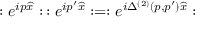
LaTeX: : e ^ { i p \widehat { x } } : \, : e ^ { i p ^ { \prime } \widehat { x } } : = : e ^ { i \Delta ^ { ( 2 ) } ( p , p ^ { \prime } ) \widehat { x } } :